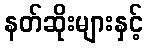
နတ်ဆိုးများနှင့်